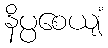
နိပ္ပစေယျံ